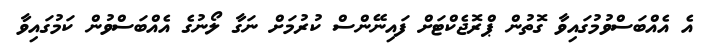
އެ އެއްބަސްވުމުގައިވާ ގޮތުން ޕްރޮޖެކްޓަށް ފައިނޭންސް ކުރުމަށް ނަގާ ލޯނުގެ އެއްބަސްވުން ކަމުގައިވާ